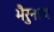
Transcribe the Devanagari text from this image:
भैरुनाथ